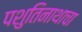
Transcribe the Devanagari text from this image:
पशुतिनाथाचा